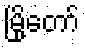
မြို့တော်